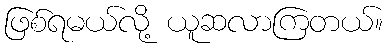
ဖြစ်ရမယ်လို့ ယူဆလာကြတယ်။